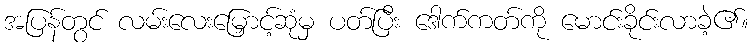
အပြန်တွင် လမ်းလေးမြှောင့်ဆုံမှ ပတ်ပြီး ဒေါက်ကတ်ကို မောင်းခိုင်းလာခဲ့၏။